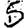
Digit: 5